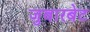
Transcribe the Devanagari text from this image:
जुबारबेट